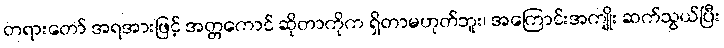
တရားတော် အရအားဖြင့် အတ္တကောင် ဆိုတာကိုက ရှိတာမဟုတ်ဘူး၊ အကြောင်းအကျိုး ဆက်သွယ်ပြီး